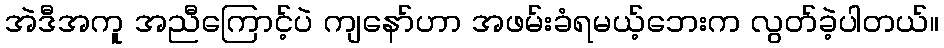
အဲဒီအကူ အညီကြောင့်ပဲ ကျနော်ဟာ အဖမ်းခံရမယ့်ဘေးက လွတ်ခဲ့ပါတယ်။